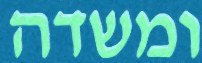
ומשדה